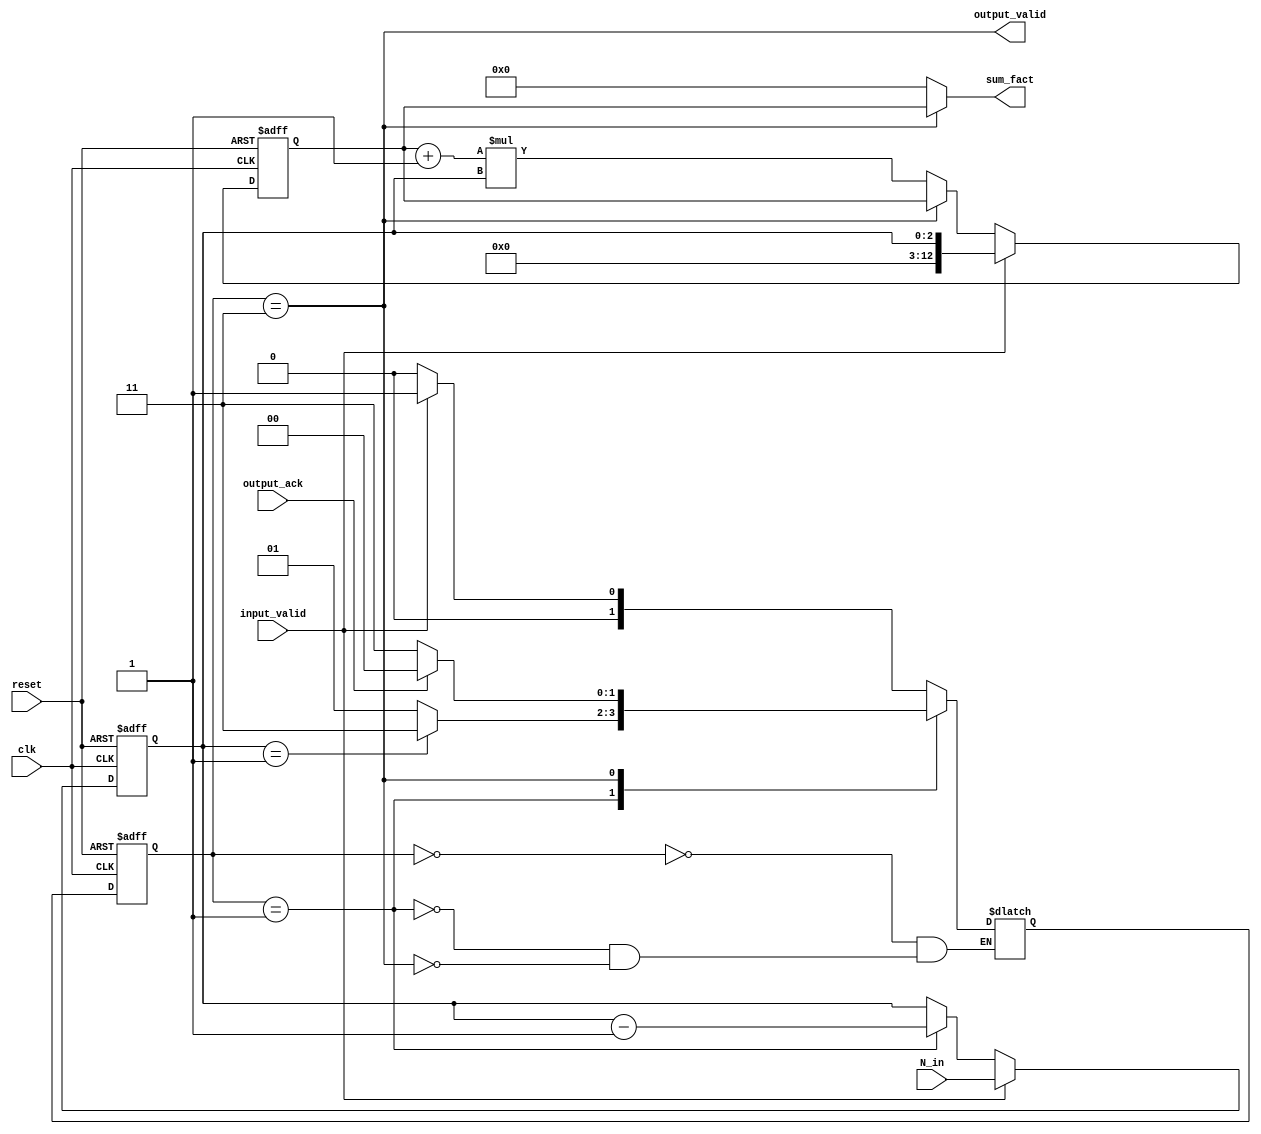
`timescale 1ns/1ps

module sum_fact_N (
    input clk,
    input [2:0] N_in,
    input input_valid,
    input reset,
    input output_ack,
    output [12:0] sum_fact,
    output output_valid
);

parameter IDLE = 2'b00;
parameter BUSY = 2'b01;
parameter DONE = 2'b11;

reg [2:0] N;
reg [12:0] sum;
reg [1:0] state;
reg [1:0] next_state;
wire [2:0] N_mux_out;
wire [2:0] N_out;
wire [12:0] sum_out;
wire [12:0] sum_mux_out;

assign N_out = N;
assign sum_out = sum;
assign sum_mux_out = input_valid ? N : ((state==DONE) ? sum_out : (sum_out + 1)*N_out);
assign N_mux_out = input_valid ? N_in : ((state==BUSY) ? (N_out - 1) : N_out);

always @(posedge clk or posedge reset)
if(reset)
begin
    N <= 0;
    state <= IDLE;
    sum <= 0;
end
else
begin
    N <= N_mux_out;
    sum <= sum_mux_out;
    state <= next_state;
end

always @(*)
begin
case(state)
    IDLE: if(input_valid) next_state = BUSY; else next_state = IDLE;
    BUSY: if(N_out == 1) next_state = DONE; else next_state = BUSY;
    DONE: if(output_ack) next_state = IDLE; else next_state = DONE;
endcase
end

assign sum_fact = output_valid ? sum_out : 0;
assign output_valid = (state==DONE);

endmodule